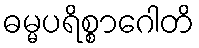
ဓမ္မပရိစ္စာဂေါတိ